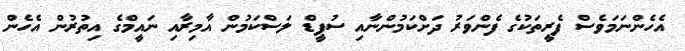
އެހެންނަމަވެސް ފެރީތަކުގެ ފެންވަރު ދަށްކަމުންނާއި ސުޕީޑް ލަސްކަމުން އާމިރާއި ނައީމްގެ އިތުރުން އެހެން